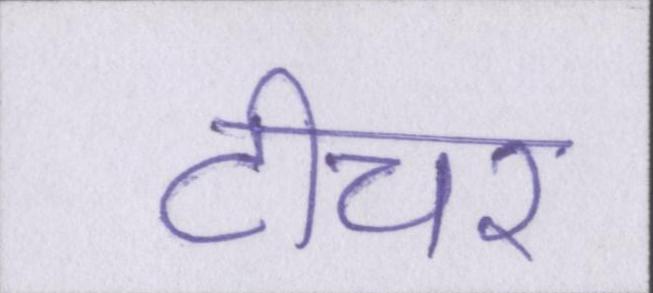
टीचर